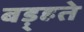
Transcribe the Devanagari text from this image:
बड़्हते